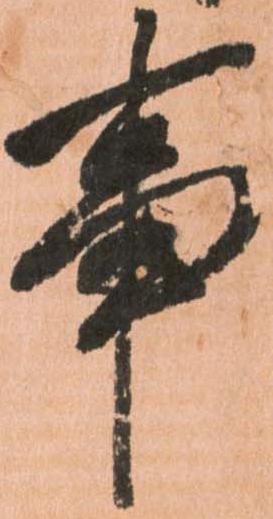
事